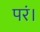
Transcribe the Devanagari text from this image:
परं।